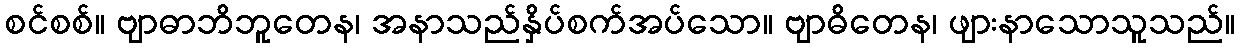
စင်စစ်။ ဗျာဓာဘိဘူတေန၊ အနာသည်နှိပ်စက်အပ်သော။ ဗျာဓိတေန၊ ဖျားနာသောသူသည်။